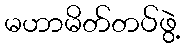
မဟာမိတ်တပ်ဖွဲ့